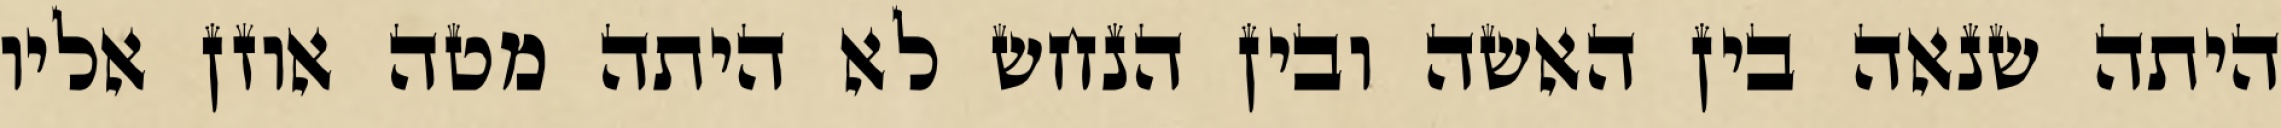
היתה שנאה בין האשה ובין הנחש לא היתה מטה אוזן אליו